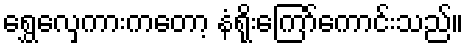
ရွှေလှေကားကတော့ နံရိုးကြော်ကောင်းသည်။